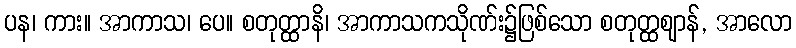
ပန၊ ကား။ အာကာသ၊ ပေ။ စတုတ္ထာနိ၊ အာကာသကသိုဏ်း၌ဖြစ်သော စတုတ္ထဈာန်, အာလော